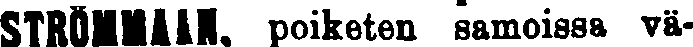
STRÖMMAAN, poiketen samoissa vä-